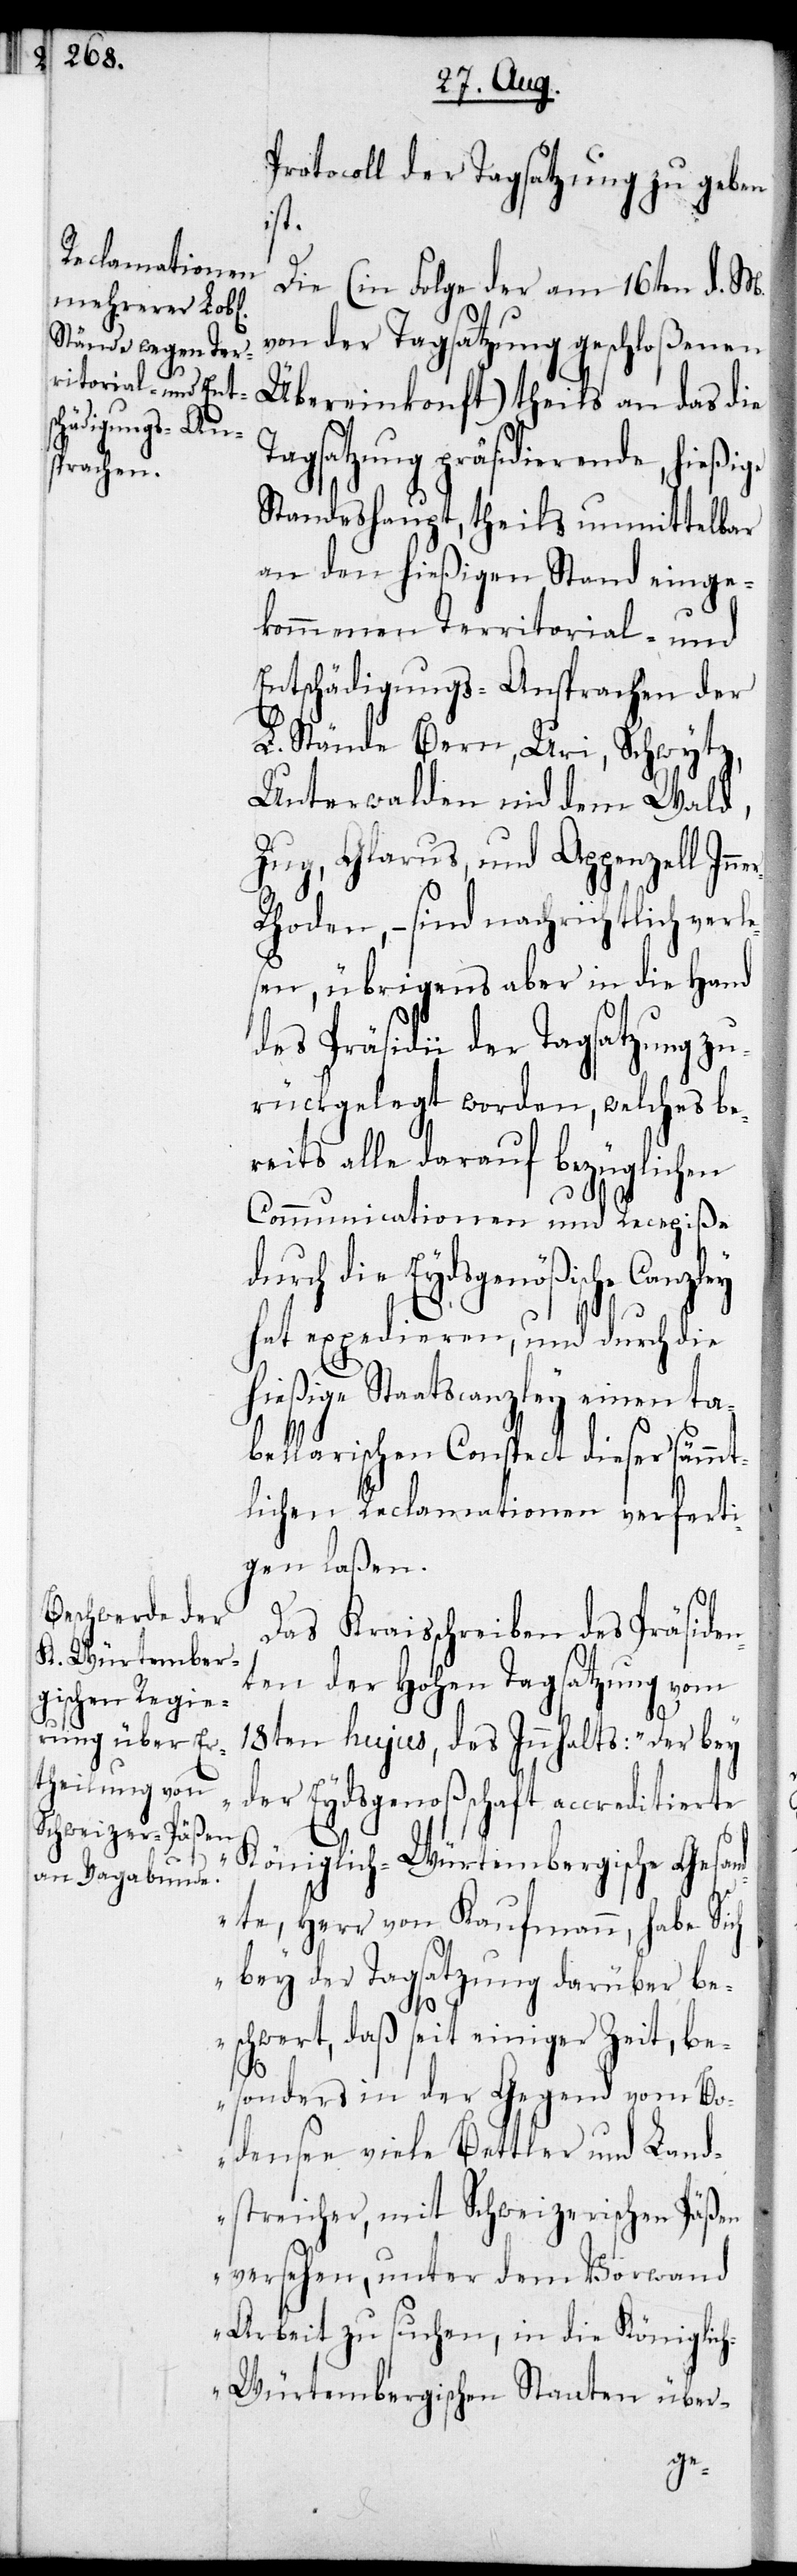
ey

Protocoll der Tagsatzung zu geben
ist.
Die (in Folge der am 16ten d. M.
von der Tagsatzung geschloßenen
Übereinkonft) theils an das die
Tagsatzung präsidierende,
Standeshaupt, theils unmittelbar
an den hießigen Stand einge¬
kommenen Territorial- und
Entschädigungs-Ansprachen der
L. Stände Bern, Uri, Schwytz,
Unterwalden nid dem Wald,
Zug, Glarus und Appenzell Inn¬
hoden, – sind nachrichtlich verl¬
en, übrigens aber in die Hand
des Präsidii der Tagsatzung zu¬
rückgelegt worden, welches be¬
reits alle darauf bezüglichen
Communicationen und Recepiße
rch die Eydsgenößische Canzl¬
hat expedieren, und durch die
hießige Staatscanzley einen ta¬
bellarischen Conspect dieser sämmt¬
lichen Reclamationen verferti¬
gen laßen.
Das Kraisschreiben des Präsiden¬
ten der Hohen Tagsatzung vom
18ten hujus, des Innhalts: „Der bey
der Eydsgenoßschaft accreditierte
Königlich-Würtembergische Gesan¬
dte, Herr von Kaufmann, habe Sich
bey der Tagsatzung darüber be¬
schwert, daß seit einiger Zeit, be¬
sonders in der Gegend vom Bo¬
densee viele Bettler und Land¬
streicher, mit Schweizerischen Päßen
versehen, unter dem Vorwand
Arbeit zu suchen, in die Königlic¬
h-Würtembergischen Staaten über-
du¬